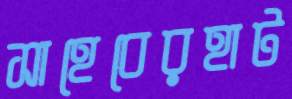
সাহেবেরহাট